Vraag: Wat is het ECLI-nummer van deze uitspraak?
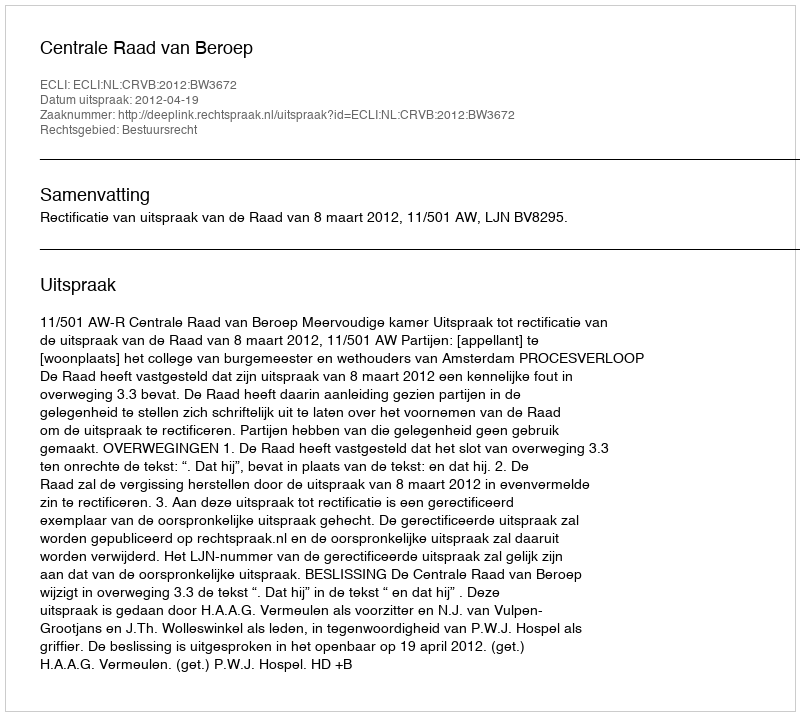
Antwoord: ECLI:NL:CRVB:2012:BW3672